画像に写った文字を読んでください
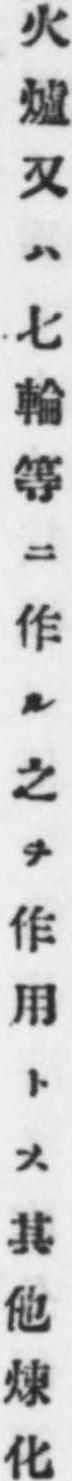
「火爐又ハ七輪等ニ作ル之ヲ作用トス其他煉化」と書いてあります